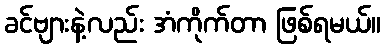
ခင်ဗျားနဲ့လည်း အံကိုက်တာ ဖြစ်ရမယ်။